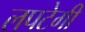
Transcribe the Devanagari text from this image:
लपटेगी